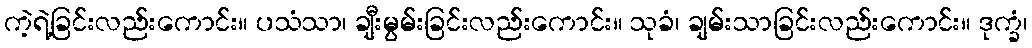
ကဲ့ရဲ့ခြင်းလည်းကောင်း။ ပသံသာ၊ ချီးမွမ်းခြင်းလည်းကောင်း။ သုခံ၊ ချမ်းသာခြင်းလည်းကောင်း။ ဒုက္ခံ၊